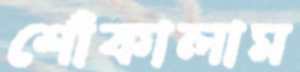
শোঁকালাম